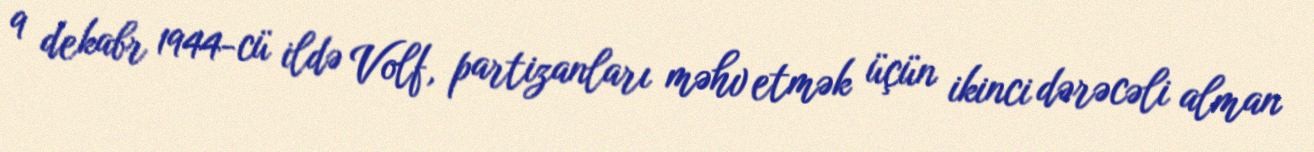
9 dekabr 1944-cü ildə Volf, partizanları məhv etmək üçün ikinci dərəcəli alman